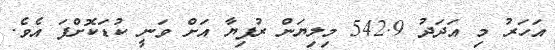
އަހަރު މި އަދަދު 542.9 މިލިޔަން ރުފިޔާ އަށް ވަނީ ކުޑަކޮށްފަ އެވެ.